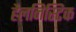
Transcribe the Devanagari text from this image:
हैलनिस्टिक